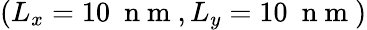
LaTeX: (L_{x}=10~\mathrm{~n~m~},L_{y}=10~\mathrm{~n~m~})